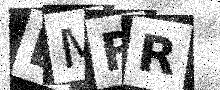
Text: EMFR